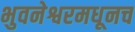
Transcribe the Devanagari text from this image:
भुवनेश्वरमधूनच